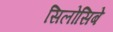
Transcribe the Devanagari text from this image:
सिलोसिबे